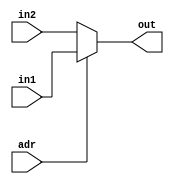
`timescale 1ns/1ps
module bus_mux (adr,in1,in2,out);

input [31:0] in1; 
input [31:0] in2;
input adr;

output reg [31:0] out;

always @(*)begin
if(adr)begin
	out = in1;
end else
	out = in2;
end

endmodule